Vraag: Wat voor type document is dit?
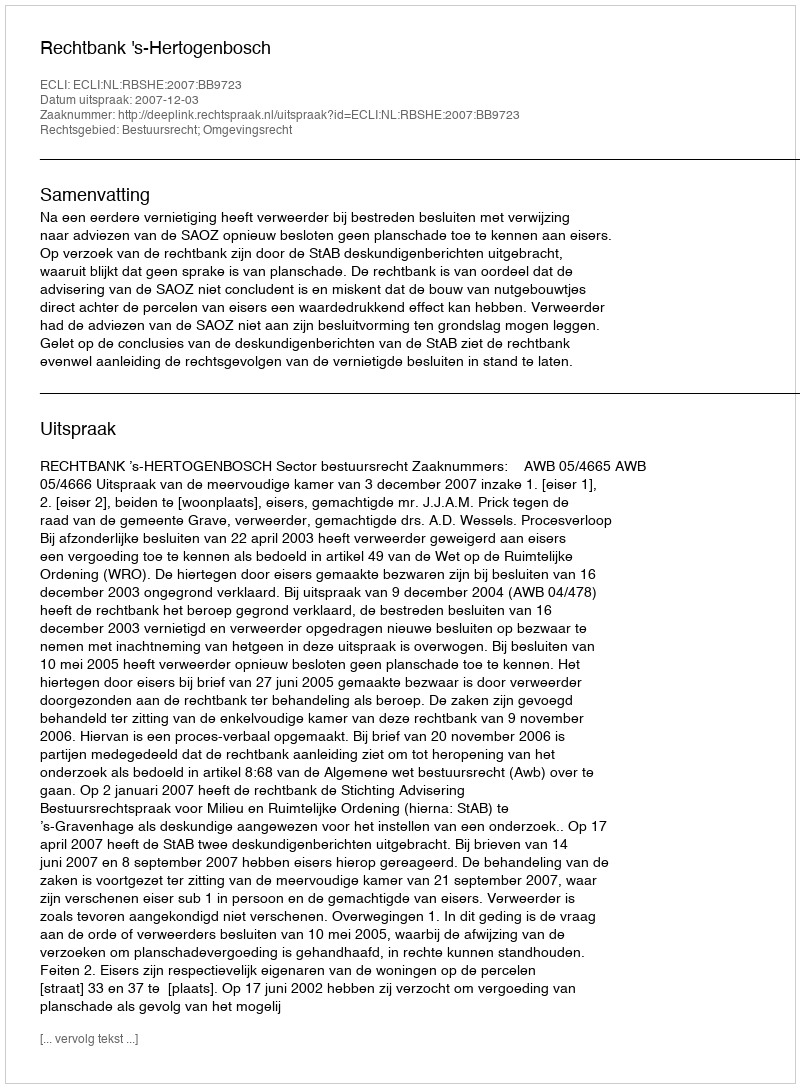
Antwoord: Uitspraak